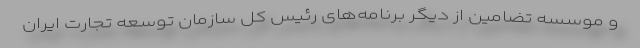
و موسسه تضامین از دیگر برنامه‌های رئیس کل سازمان توسعه تجارت ایران